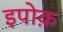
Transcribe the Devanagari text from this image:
इपोक़